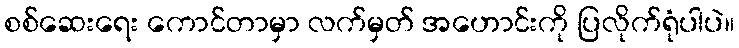
စစ်ဆေးရေး ကောင်တာမှာ လက်မှတ် အဟောင်းကို ပြလိုက်ရုံပါပဲ။